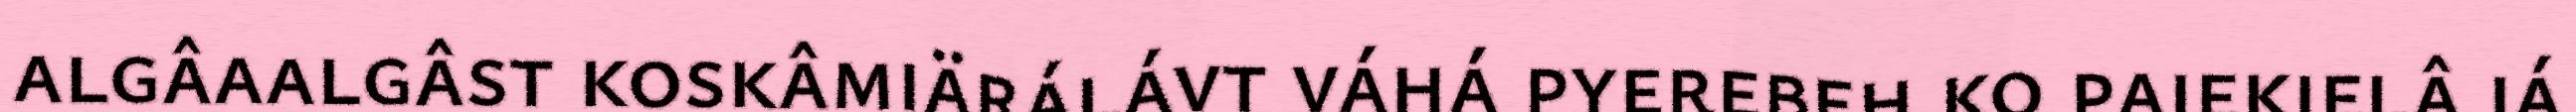
algâaalgâst koskâmiärálávt váhá pyerebeh ko pajekielâ já